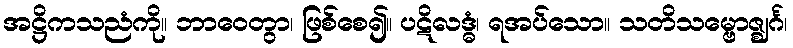
အဋ္ဌိကသညံကို။ ဘာဝေတွာ၊ ဖြစ်စေ၍။ ပဋိလဒ္ဓံ၊ ရအပ်သော။ သတိသမ္ဗောဇ္ဈင်္ဂ၊